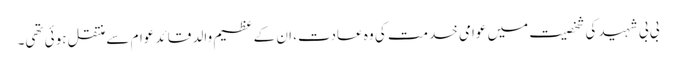
بی بی شہید کی شخصیت میں عوامی خدمت کی وہ عادت، ان کے عظیم والد قائد عوام سے منتقل ہوئی تھی۔